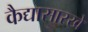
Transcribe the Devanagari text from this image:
कैद्यासारखे